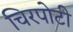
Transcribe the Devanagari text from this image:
चिरपोटी